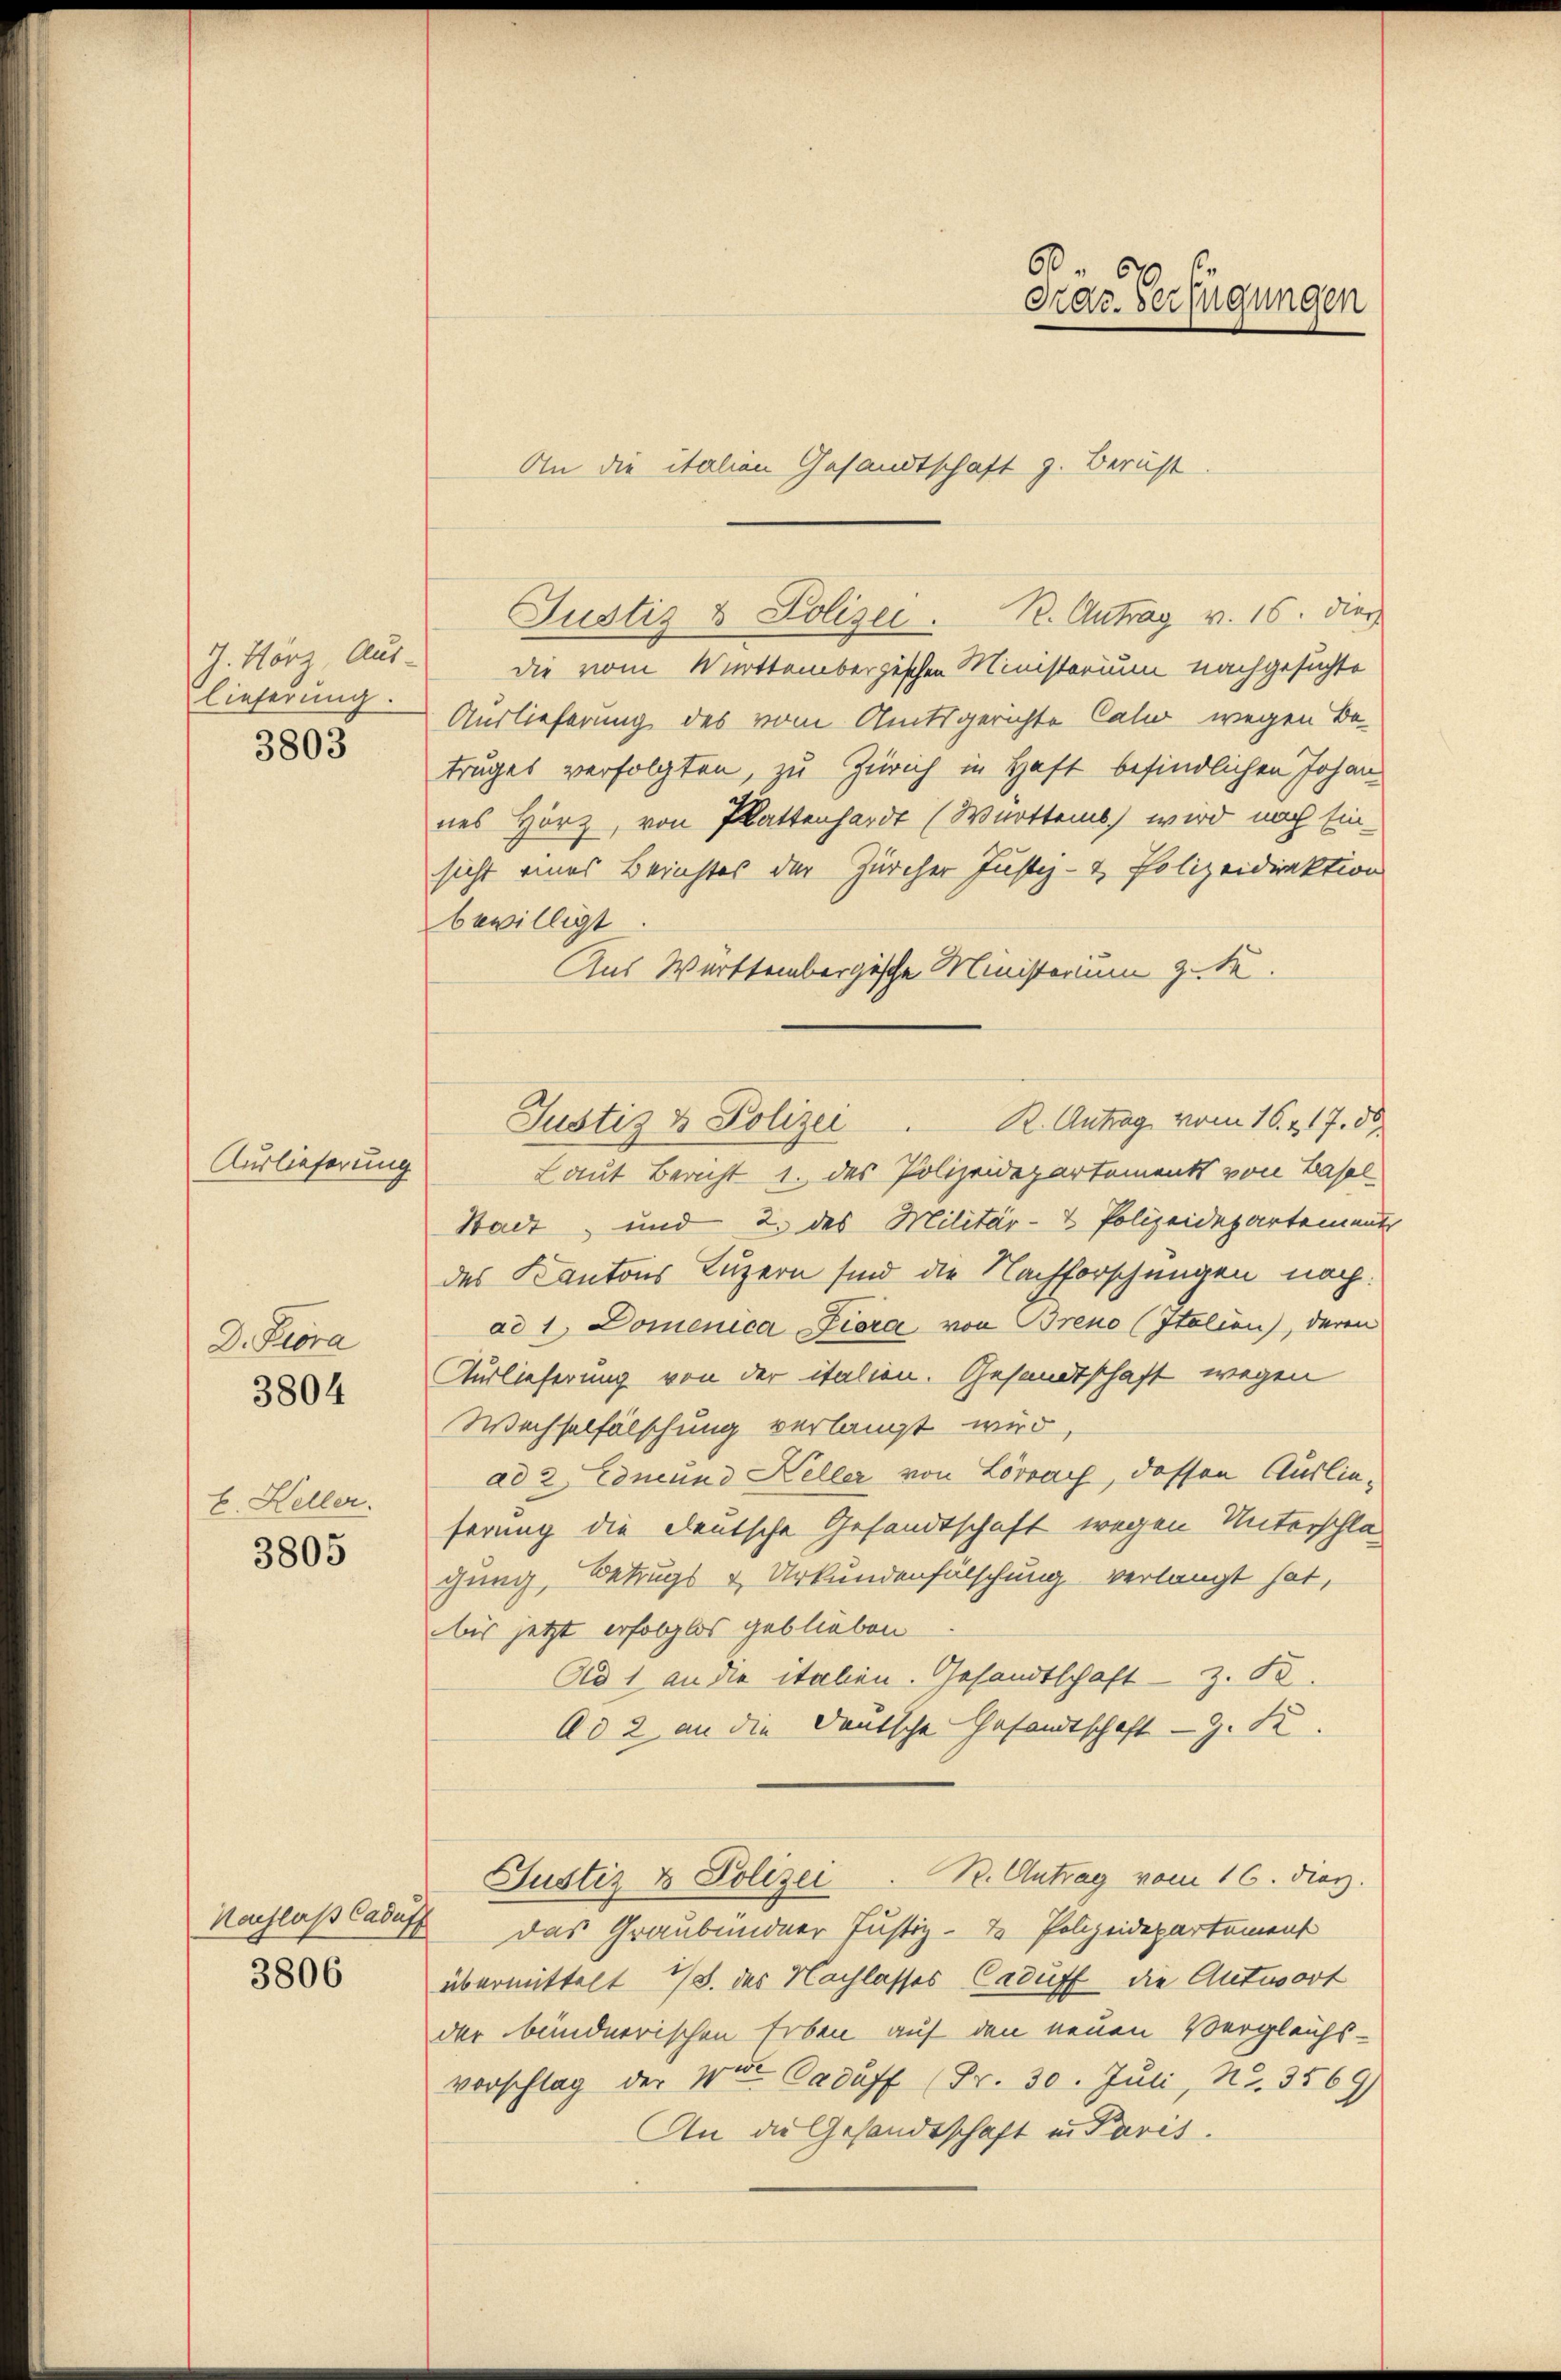
lieferung.
3803

Auslieferung

D. Flora
3804

E. Heller.

3805

3806

J. Hörz, Aus- die vom Württembergischen Ministerium nachgesuchte
Auslieferung des vom Amtsgerichte Calio wegen Be-
truges verfolgten, zu Zürich in Haft befindlichen Johan
nes Hörz, von Plattenhardt (Württemb. wird nach Einsicht eines Berichtes der Zürcher Justiz- & Polizeidirektion
bewilligt
Aus Württembergische Ministerium z. S.
Laut Bericht 1. das Polizeidepartements von Basel
Stadt, und 2. des Militär- & Polizeidepartements
des Kantons Luzern sind die Nachforschungen nach.
ad 1. Domenica Fiora von Breno (Italien), deren
Auslieferung von der italien. Gesandtschaft wegen
Wechselfälschung verlangt wird,
ad 2. Edneund Keller von Lörrac, dessen Auslieferung die deutsche Gesandtschaft wegen Unterschlägung, Betrugs u. Urkundenfälschung verlangt hat,
bis jetzt erfolglos geblieben
Ad 1 an die italien. Gesandtschaft z. B.
Ad 2 an die Deutsche Gesandtschaft - 9. Se
Justiz & Polizei. B. Antrag vom 16. dez.
Nachlaß Caduft das Graubündner Justiz- & Polizeidepartement
übermittelt 18. des Nachlasses Caduff die Antwort
der bundnerischen Erben auf den neuen Vergleichs-
vorschlag der Wit. Caduff (Fr. 30. Juli, Nr. 3569)
An die Gesandtschaft in Paris.

Justiz & Polizei. R. Antrag v. 16. dies

Justiz & Polizei K. Antrag vom 16. 217. 58

60.
Grac. Verfügungen
An die italien Gesandtschaft z. Beruht